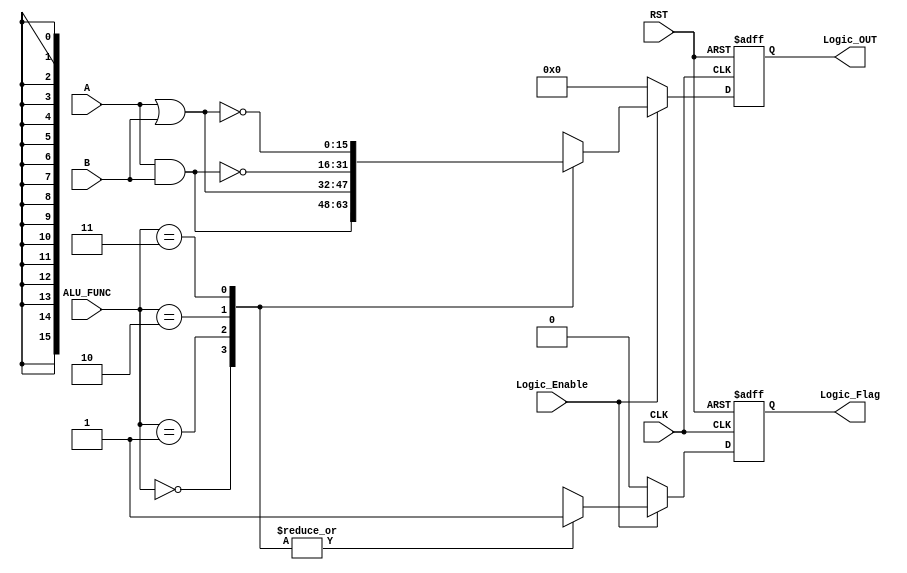
module LOGIC_UNIT 

#( parameter IN_DATA_WIDTH  = 16 ,
             OUT_DATA_WIDTH = 16
)
(
input  wire [IN_DATA_WIDTH-1:0]  A   ,
input  wire [IN_DATA_WIDTH-1:0]  B   ,
input  wire [1:0]                ALU_FUNC ,
input  wire                      CLK ,
input  wire                      RST ,
input  wire                      Logic_Enable ,
output reg [OUT_DATA_WIDTH-1:0]  Logic_OUT,
output reg                       Logic_Flag
);

//internal signals
reg [OUT_DATA_WIDTH-1:0]  Logic_OUT_comb  ;
reg                       Logic_Flag_comb ;

//sequential always
always @ (posedge CLK or negedge RST)
 begin 
   if (~RST)
     begin
      Logic_OUT  <= 'b0 ;
      Logic_Flag <= 'b0 ;	
	 end
   else
     begin   
      Logic_OUT  <= Logic_OUT_comb ;
      Logic_Flag <= Logic_Flag_comb ;
	 end
 end	 
	

//combinational always	
always @ (*)
 begin 
    Logic_OUT_comb =  'b0 ;
    Logic_Flag_comb = 1'b0 ;
	if(Logic_Enable)
      case (ALU_FUNC)
      2'b00 : begin
              Logic_OUT_comb = A & B ;
              Logic_Flag_comb = 1'b1 ;              
		      end
      2'b01 : begin
              Logic_OUT_comb = A | B ;
              Logic_Flag_comb = 1'b1 ;           
		      end
      2'b10 : begin
              Logic_OUT_comb = ~(A & B) ;
              Logic_Flag_comb = 1'b1 ;           
		      end
      2'b11 : begin
              Logic_OUT_comb = ~(A | B) ;
              Logic_Flag_comb = 1'b1 ;           
		      end
      endcase
	else
	 begin
      Logic_OUT_comb = 1'b0 ;
      Logic_Flag_comb = 1'b0 ;
     end
 end
 
 endmodule